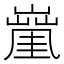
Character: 𡒑